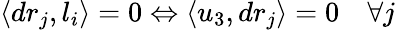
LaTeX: \langle dr_{j},l_{i}\rangle=0\Leftrightarrow\langle u_{3},dr_{j}\rangle=0\quad\forall j